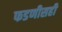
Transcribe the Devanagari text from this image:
फडणीसही